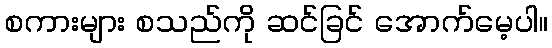
စကားများ စသည်ကို ဆင်ခြင် အောက်မေ့ပါ။